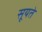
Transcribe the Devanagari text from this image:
सूयते